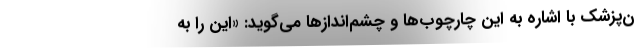
ن‌پزشک با اشاره به این چارچوب‌ها و چشم‌اندازها می‌گوید: «این را به